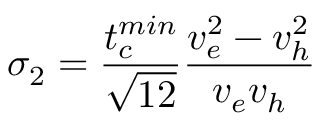
\sigma _ { 2 } = \frac { t _ { c } ^ { m i n } } { \sqrt { 1 2 } } \frac { v _ { e } ^ { 2 } - v _ { h } ^ { 2 } } { v _ { e } v _ { h } }